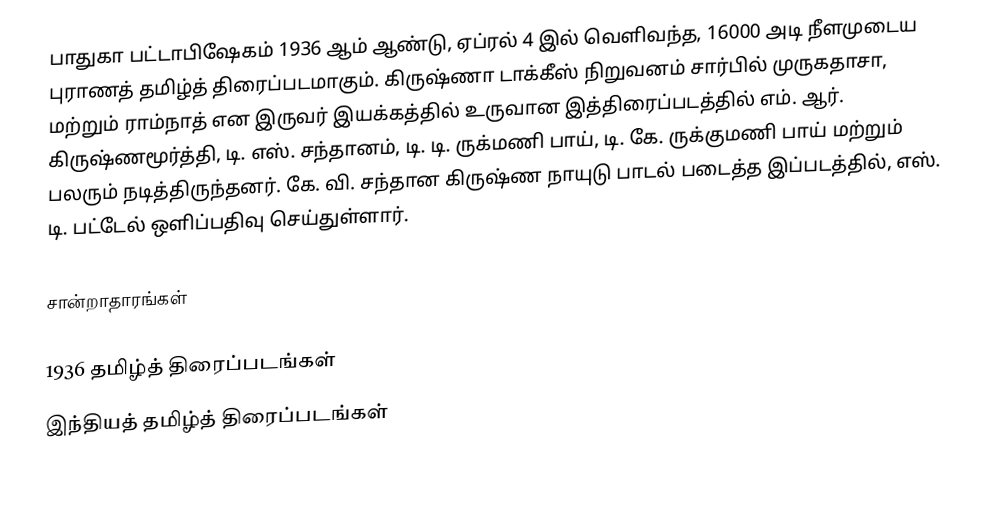
பாதுகா பட்டாபிஷேகம் 1936 ஆம் ஆண்டு, ஏப்ரல் 4 இல் வெளிவந்த, 16000 அடி நீளமுடைய புராணத் தமிழ்த் திரைப்படமாகும். கிருஷ்ணா டாக்கீஸ் நிறுவனம் சார்பில் முருகதாசா, மற்றும் ராம்நாத் என இருவர் இயக்கத்தில் உருவான இத்திரைப்படத்தில் எம். ஆர். கிருஷ்ணமூர்த்தி, டி. எஸ். சந்தானம், டி. டி. ருக்மணி பாய், டி. கே. ருக்குமணி பாய் மற்றும் பலரும் நடித்திருந்தனர். கே. வி. சந்தான கிருஷ்ண நாயுடு பாடல் படைத்த இப்படத்தில், எஸ். டி. பட்டேல் ஒளிப்பதிவு செய்துள்ளார்.

சான்றாதாரங்கள்

1936 தமிழ்த் திரைப்படங்கள்
இந்தியத் தமிழ்த் திரைப்படங்கள்